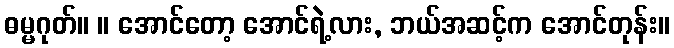
ဓမ္မဂုတ်။ ။ အောင်တော့ အောင်ရဲ့လား, ဘယ်အဆင့်က အောင်တုန်း။